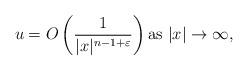
LaTeX: \begin{align*} u = O\left( \frac{1}{|x|^{n-1+\varepsilon}}\right) \textrm{as } |x| \to \infty, \end{align*}